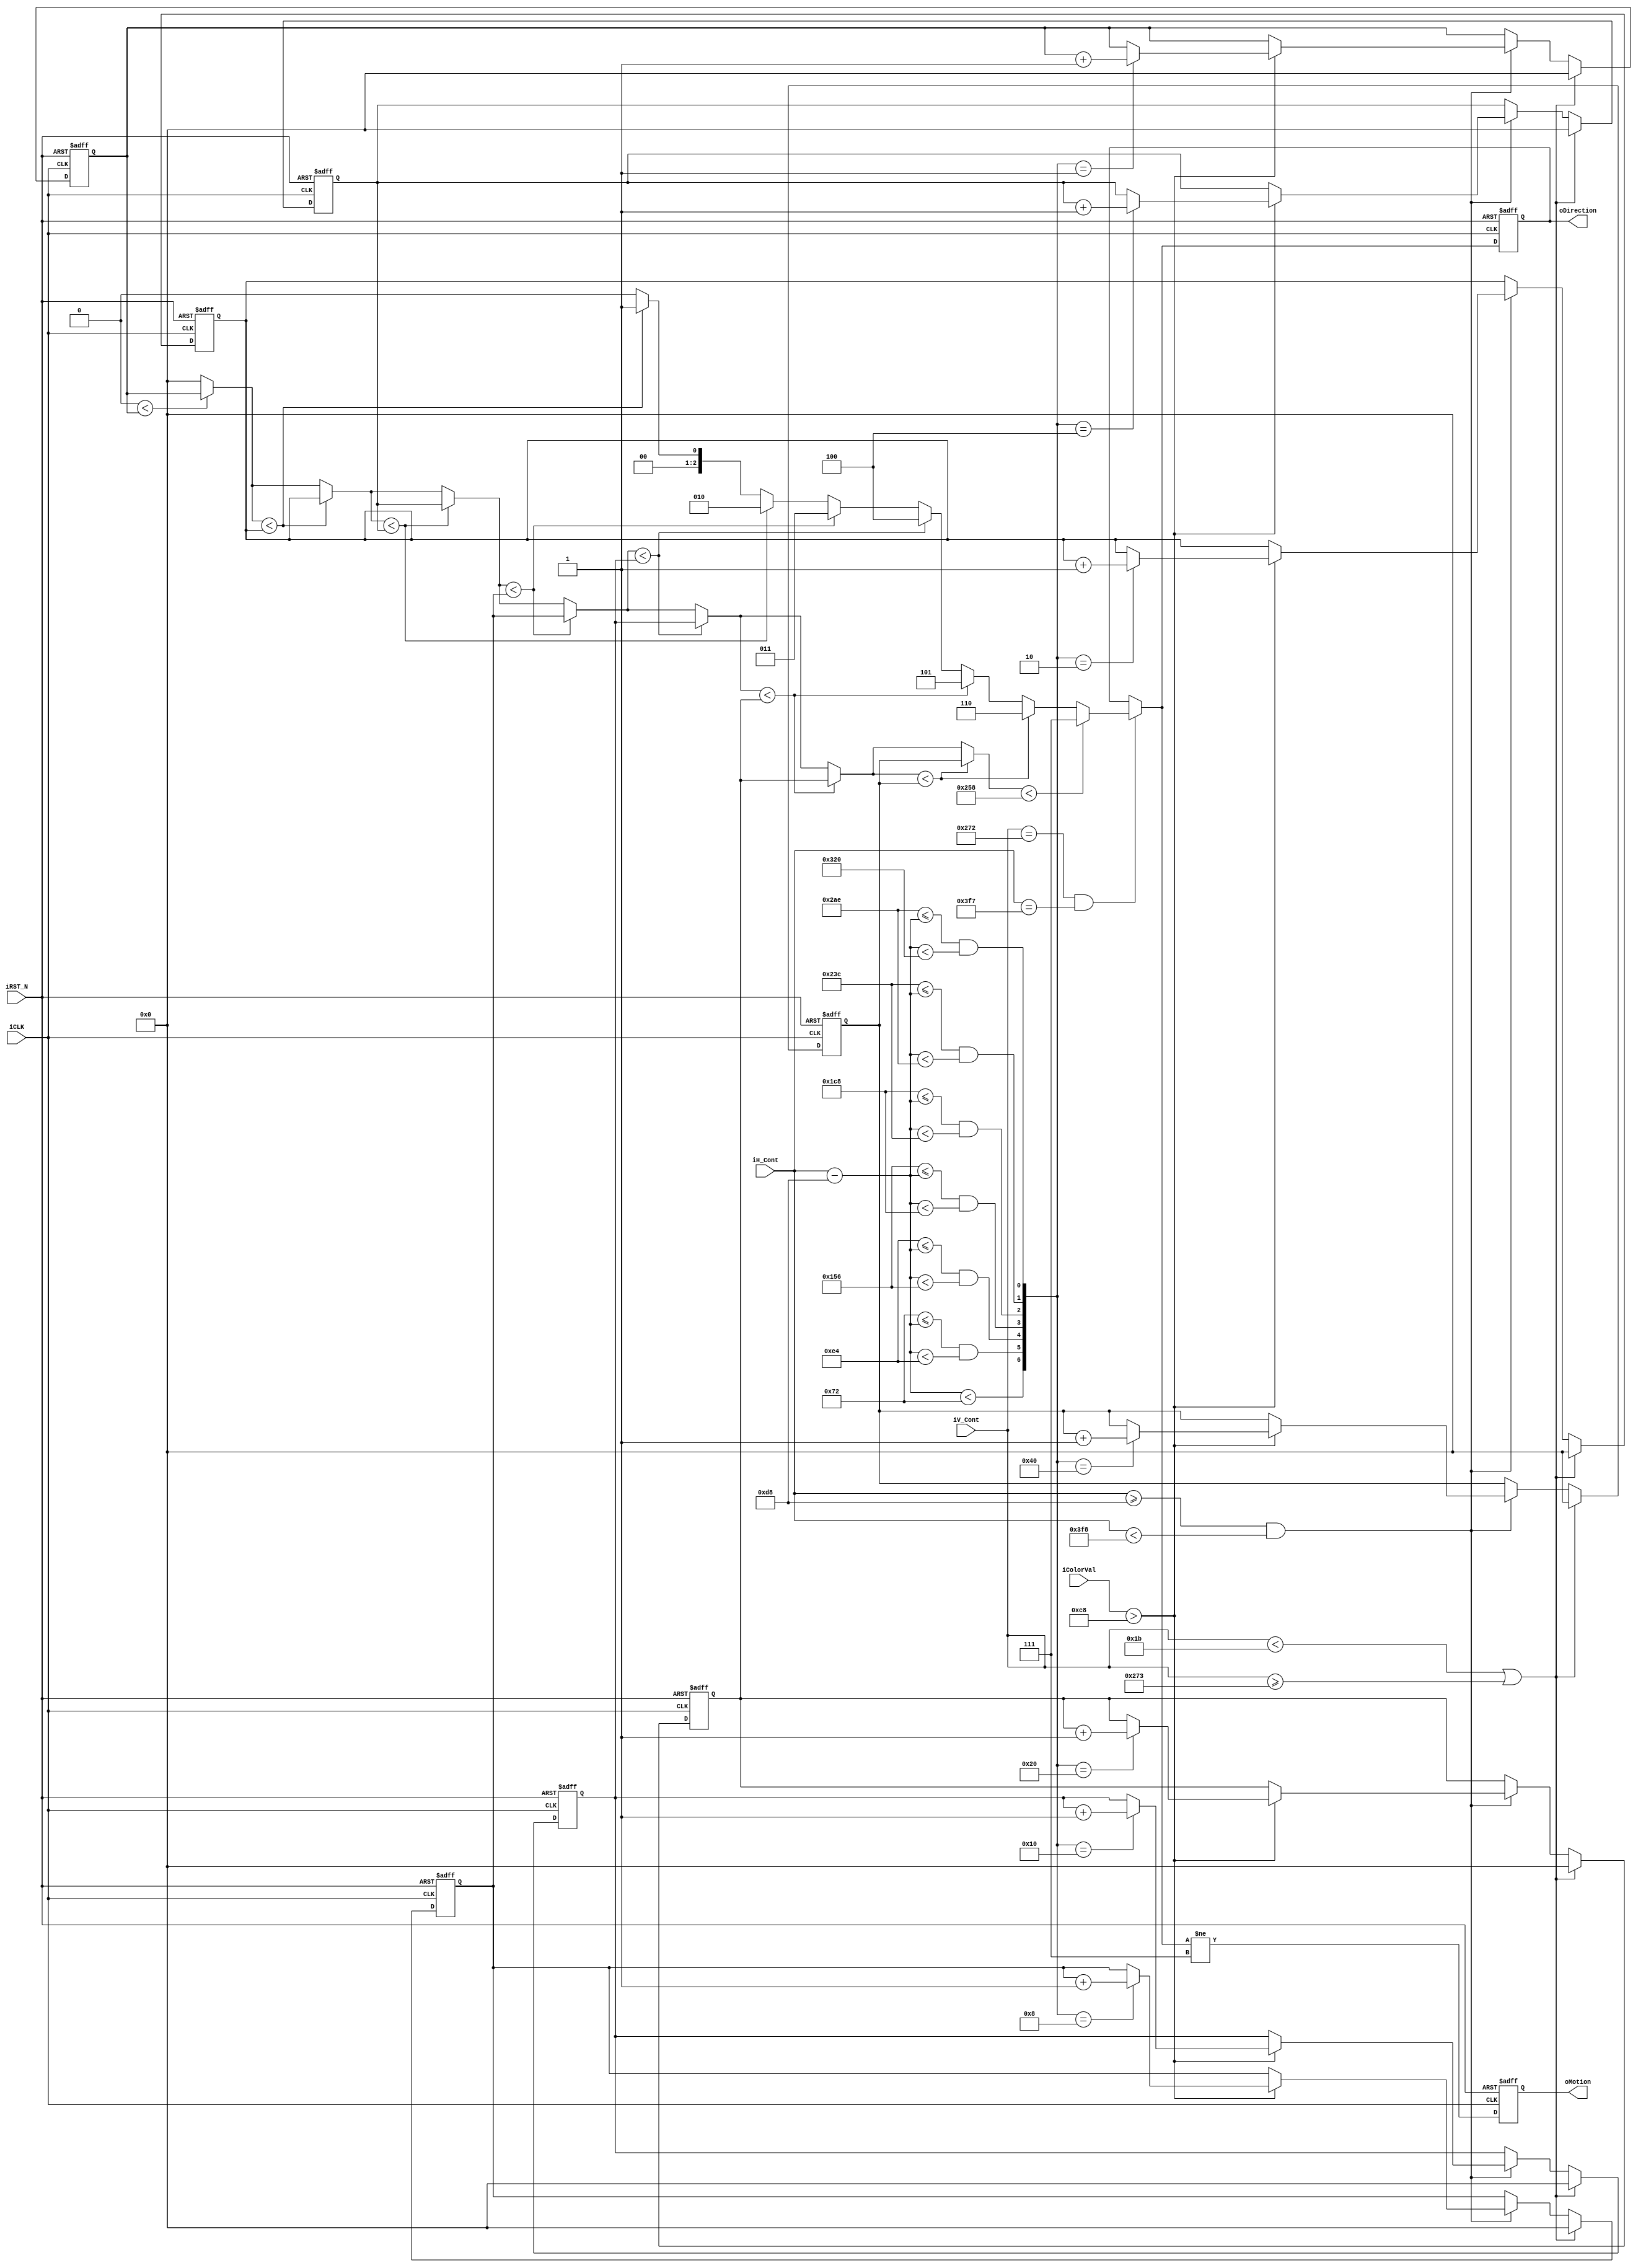
module CalcDir(
    input               iCLK,
    input               iRST_N,
    input       [12:0]  iH_Cont,
    input       [12:0]  iV_Cont,
    input       [9:0]   iColorVal,
    output  reg [2:0]   oDirection,
    output  reg         oMotion
);

`ifdef VGA_640x480p60
//	Horizontal Parameter	( Pixel )
parameter	H_SYNC_CYC	=	96;
parameter	H_SYNC_BACK	=	48;
parameter	H_SYNC_ACT	=	640;	
parameter	H_SYNC_FRONT=	16;
parameter	H_SYNC_TOTAL=	800;

//	Vertical Parameter		( Line )
parameter	V_SYNC_CYC	=	2;
parameter	V_SYNC_BACK	=	33;
parameter	V_SYNC_ACT	=	480;	
parameter	V_SYNC_FRONT=	10;
parameter	V_SYNC_TOTAL=	525; 

`else
 // SVGA_800x600p60
////	Horizontal Parameter	( Pixel )
parameter	H_SYNC_CYC	=	128;         //Peli
parameter	H_SYNC_BACK	=	88;
parameter	H_SYNC_ACT	=	800;	
parameter	H_SYNC_FRONT=	40;
parameter	H_SYNC_TOTAL=	1056;
//	Virtical Parameter		( Line )
parameter	V_SYNC_CYC	=	4;
parameter	V_SYNC_BACK	=	23;
parameter	V_SYNC_ACT	=	600;	
parameter	V_SYNC_FRONT=	1;
parameter	V_SYNC_TOTAL=	628;

`endif
//	Start Offset
parameter	X_START		=	H_SYNC_CYC+H_SYNC_BACK;
parameter	Y_START		=	V_SYNC_CYC+V_SYNC_BACK;

// leftmost -> middle -> rightmost
reg  [17:0] motion_count [0:7];

reg  [17:0] MostPixel;
reg  [2:0]  MostDirection;
reg  [2:0]  oDirection_w;

integer i;

wire [12:0] diff;
wire [6:0]  index;
wire index0,index1,index2,index3,index4,index5,index6;
assign diff = iH_Cont - X_START;
assign index6 =                   (diff < 114);
assign index5 = (114  <= diff) && (diff < 228);
assign index4 = (228  <= diff) && (diff < 342);
assign index3 = (342  <= diff) && (diff < 456);
assign index2 = (456  <= diff) && (diff < 572);
assign index1 = (572  <= diff) && (diff < 686);
assign index0 = (686  <= diff) && (diff < 800);
assign index = {index6,index5,index4,index3,index2,index1,index0};


always @(posedge iCLK or negedge iRST_N) begin
    if (!iRST_N) begin
        motion_count[0]  <= 0;
        motion_count[1]  <= 0;
        motion_count[2]  <= 0;
        motion_count[3]  <= 0;
        motion_count[4]  <= 0;
        motion_count[5]  <= 0;
        motion_count[6]  <= 0;
    end
    else begin
        if (iV_Cont < Y_START || iV_Cont >= Y_START+V_SYNC_ACT) begin
            motion_count[0]  <= 0;
            motion_count[1]  <= 0;
            motion_count[2]  <= 0;
            motion_count[3]  <= 0;
            motion_count[4]  <= 0;
            motion_count[5]  <= 0;
            motion_count[6]  <= 0;
        end
        else if (iH_Cont >= X_START && iH_Cont < X_START + H_SYNC_ACT) begin
            if (iColorVal > 200) begin
                case(index)
                    // right
                    7'b1000000: begin   
                        motion_count[0]  <= motion_count[0];
                        motion_count[1]  <= motion_count[1];
                        motion_count[2]  <= motion_count[2];
                        motion_count[3]  <= motion_count[3];
                        motion_count[4]  <= motion_count[4];
                        motion_count[5]  <= motion_count[5];
                        motion_count[6]  <= motion_count[6] + 1;
                    end
                    7'b0100000: begin   
                        motion_count[0]  <= motion_count[0];
                        motion_count[1]  <= motion_count[1];
                        motion_count[2]  <= motion_count[2];
                        motion_count[3]  <= motion_count[3];
                        motion_count[4]  <= motion_count[4];
                        motion_count[5]  <= motion_count[5] + 1;
                        motion_count[6]  <= motion_count[6];
                    end
                    7'b0010000: begin   
                        motion_count[0]  <= motion_count[0];
                        motion_count[1]  <= motion_count[1];
                        motion_count[2]  <= motion_count[2];
                        motion_count[3]  <= motion_count[3];
                        motion_count[4]  <= motion_count[4] + 1;
                        motion_count[5]  <= motion_count[5];
                        motion_count[6]  <= motion_count[6];
                    end
                    // middle
                    7'b0001000: begin   
                        motion_count[0]  <= motion_count[0];
                        motion_count[1]  <= motion_count[1];
                        motion_count[2]  <= motion_count[2];
                        motion_count[3]  <= motion_count[3] + 1;
                        motion_count[4]  <= motion_count[4];
                        motion_count[5]  <= motion_count[5];
                        motion_count[6]  <= motion_count[6];
                    end
                    // left
                    7'b0000100: begin   
                        motion_count[0]  <= motion_count[0];
                        motion_count[1]  <= motion_count[1];
                        motion_count[2]  <= motion_count[2] + 1;
                        motion_count[3]  <= motion_count[3];
                        motion_count[4]  <= motion_count[4];
                        motion_count[5]  <= motion_count[5];
                        motion_count[6]  <= motion_count[6];
                    end
                    7'b0000010: begin   
                        motion_count[0]  <= motion_count[0];
                        motion_count[1]  <= motion_count[1] + 1;
                        motion_count[2]  <= motion_count[2];
                        motion_count[3]  <= motion_count[3];
                        motion_count[4]  <= motion_count[4];
                        motion_count[5]  <= motion_count[5];
                        motion_count[6]  <= motion_count[6];
                    end
                    7'b0000001: begin   
                        motion_count[0]  <= motion_count[0] + 1;
                        motion_count[1]  <= motion_count[1];
                        motion_count[2]  <= motion_count[2];
                        motion_count[3]  <= motion_count[3];
                        motion_count[4]  <= motion_count[4];
                        motion_count[5]  <= motion_count[5];
                        motion_count[6]  <= motion_count[6];
                    end
                    default: begin   
                        motion_count[0]  <= motion_count[0];
                        motion_count[1]  <= motion_count[1];
                        motion_count[2]  <= motion_count[2];
                        motion_count[3]  <= motion_count[3];
                        motion_count[4]  <= motion_count[4];
                        motion_count[5]  <= motion_count[5];
                        motion_count[6]  <= motion_count[6];
                    end
                endcase
            end
            else begin
                motion_count[0]  <= motion_count[0];
                motion_count[1]  <= motion_count[1];
                motion_count[2]  <= motion_count[2];
                motion_count[3]  <= motion_count[3];
                motion_count[4]  <= motion_count[4];
                motion_count[5]  <= motion_count[5];
                motion_count[6]  <= motion_count[6];
            end
        end
        else begin
            motion_count[0]  <= motion_count[0];
            motion_count[1]  <= motion_count[1];
            motion_count[2]  <= motion_count[2];
            motion_count[3]  <= motion_count[3];
            motion_count[4]  <= motion_count[4];
            motion_count[5]  <= motion_count[5];
            motion_count[6]  <= motion_count[6];
        end
    end
end

always @(*) begin
    MostPixel = 0;
    MostDirection = 0;
    for (i = 0; i < 7; i = i + 1) begin
        if (MostPixel < motion_count[i]) begin
            MostPixel = motion_count[i];
            MostDirection = i;
        end
    end
    // If pixel is not enough, set it to default (none)
    if (MostPixel < 600) begin
        MostDirection = 7;
    end
end
always @(*) begin
    if ((iV_Cont == Y_START+V_SYNC_ACT - 1) && (iH_Cont == X_START + H_SYNC_ACT - 1)) begin
        oDirection_w  = MostDirection;
    end
    else begin
        oDirection_w  = oDirection;
    end
end

always @(posedge iCLK or negedge iRST_N) begin
    if (!iRST_N) begin
        oDirection  <= 7;
        oMotion     <= 0;
    end
    else begin
        oDirection  <= oDirection_w;
        oMotion     <= (oDirection_w != 7);
    end
end

endmodule